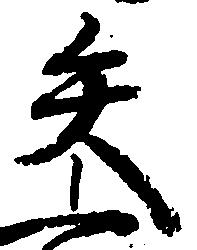
矢